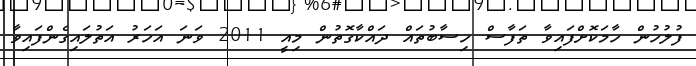
ފުލުހުން ހާމަކޮށްފައިވާ ތަފާސް ހިސާބުތައް ދައްކާގޮތުން މިއީ 2011 ވަނަ އަހަރު އަތުލައިގެންފައިވާ